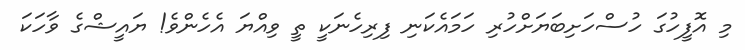
މި އޮފީހުގަ ހުސްހަށިބަޔަށްހުރި ހަމައެކަނި ފިރިހެނަކީ ތީ ވިއްޔަ އެހެންވެ! ޔައީޝްގެ ވާހަކަ